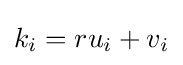
k_{i}=ru_{i}+v_{i}